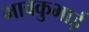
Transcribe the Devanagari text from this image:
भावकुभाई